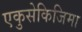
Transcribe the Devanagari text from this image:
एकुसेकिजिमा